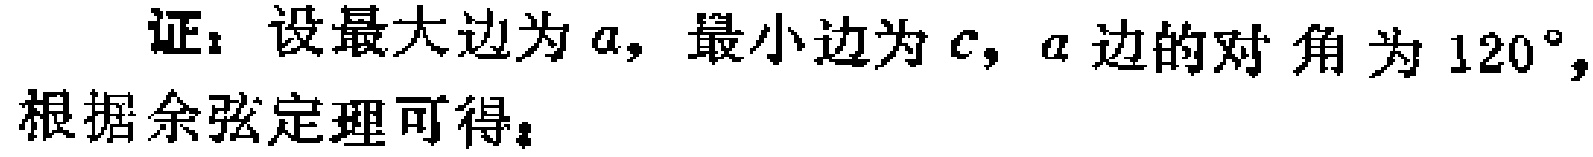
证：设最大边为\(a\)，最小边为\(c\)，\(a\)边的对角为\(120^{\circ}\)，根据余弦定理可得：